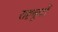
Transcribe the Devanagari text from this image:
राष्टकूटों